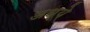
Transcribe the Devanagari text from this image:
अध्ये